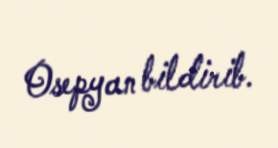
Osepyan bildirib.